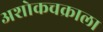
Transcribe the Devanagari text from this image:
अशोकचक्राला